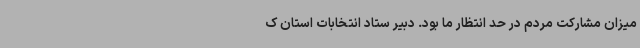
میزان مشارکت مردم در حد انتظار ما بود. دبیر ستاد انتخابات استان ک